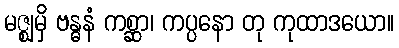
မဇ္ဈမှိ ဗန္ဓနံ ကစ္ဆာ၊ ကပ္ပနော တု ကုထာဒယော။